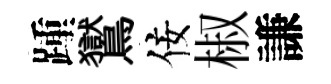
踵鸑佞椒謙